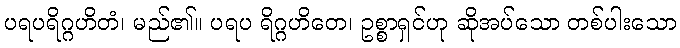
ပရပရိဂ္ဂဟိတံ၊ မည်၏။ ပရပ ရိဂ္ဂဟိတေ၊ ဥစ္စာရှင်ဟု ဆိုအပ်သော တစ်ပါးသော